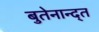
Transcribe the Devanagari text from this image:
बुतेनान्द्त